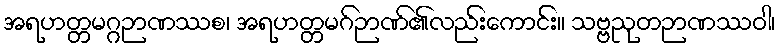
အရဟတ္တမဂ္ဂဉာဏဿစ၊ အရဟတ္တမဂ်ဉာဏ်၏လည်းကောင်း။ သဗ္ဗညုတဉာဏဿဝါ၊